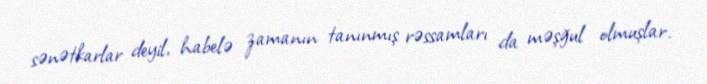
sənətkarlar deyil, habelə zamanın tanınmış rəssamları da məşğul olmuşlar.